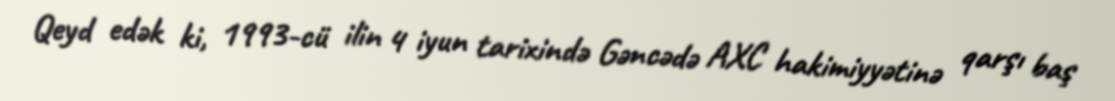
Qeyd edək ki, 1993-cü ilin 4 iyun tarixində Gəncədə AXC hakimiyyətinə qarşı baş